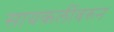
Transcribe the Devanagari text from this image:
सायकलींवरुन